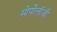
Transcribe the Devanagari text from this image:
मोर्पोलॉजी